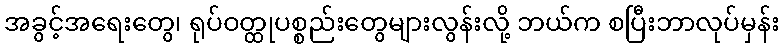
အခွင့်အရေးတွေ၊ ရုပ်ဝတ္ထုပစ္စည်းတွေများလွန်းလို့ ဘယ်က စပြီးဘာလုပ်မှန်း